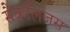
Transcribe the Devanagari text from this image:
सैक्रलिजस